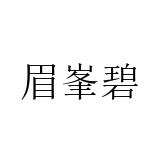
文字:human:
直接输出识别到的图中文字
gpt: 眉峯碧